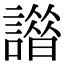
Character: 𧬢